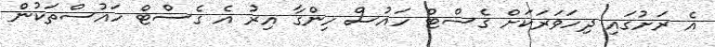
އެ ރަށުގައި ދިހަވަރަކަށް ގެސްޓް ހައުސް ހިންގާ އިރު އެ ގެސްޓް ހައުސްތަކުން